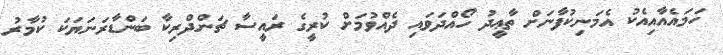
ހަމައެއާއިއެކު އެމަނިކުފާނަށް ތާޢީދު ހޯއްދަވައި ދެއްވުމަށް ކުރީގެ ރައީސާ ޗަންދްރިކާ ބަންޑާރަނަޔަކަ ކުމާރު